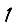
Digit: 1